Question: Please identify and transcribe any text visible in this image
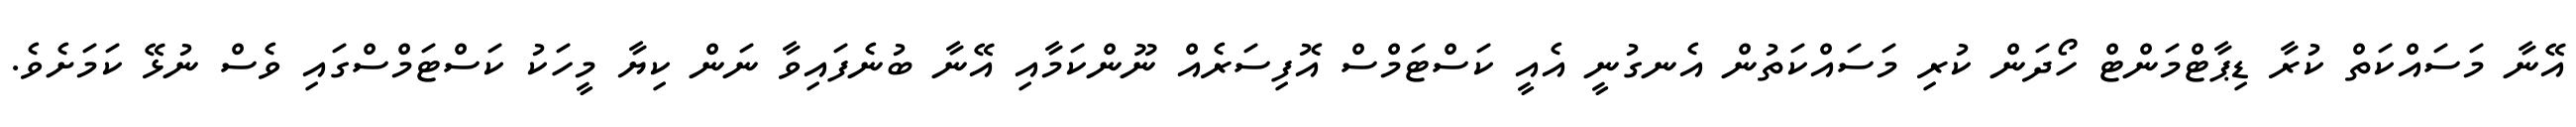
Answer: އޭނާ މަސައްކަތް ކުރާ ޑިޕާޓްމަންޓް ހޯދަން ކުރި މަސައްކަތުން އެނގުނީ އެއީ ކަސްޓަމްސް އޮފިސަރެއް ނޫންކަމާއި އޭނާ ބުނެފައިވާ ނަން ކިޔާ މީހަކު ކަސްޓަމްސްގައި ވެސް ނުޅޭ ކަމަށެވެ.